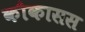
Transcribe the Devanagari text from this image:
कौकासस